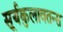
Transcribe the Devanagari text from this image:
सूर्यकुलावतन्स